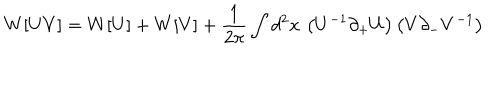
W [ U V ] = W [ U ] + W [ V ] + { \frac { 1 } { 2 \pi } } \int d ^ { 2 } x \, \left( U ^ { - 1 } \partial _ { + } U \right) \left( V \partial _ { - } V ^ { - 1 } \right)